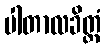
ပါတာလခိတ္တံ